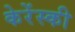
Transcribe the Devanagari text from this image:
केरेंस्की